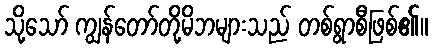
သို့သော် ကျွန်တော်တို့မိဘများသည် တစ်ရွာစီဖြစ်၏။